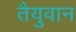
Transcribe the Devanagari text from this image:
तैयुवान